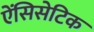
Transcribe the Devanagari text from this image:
ऐंसिसेटिक